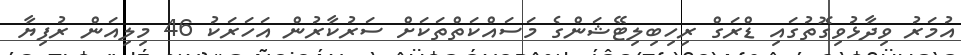
އުމަރު ވިދާޅުވިގޮތުގައި ޑްރަގް ރިހިބިލިޓޭޝަންގެ މަސައްކަތްތަކަަށް ސަރުކާރުން އަހަރަކު 46 މިލިއަން ރުފިޔާ